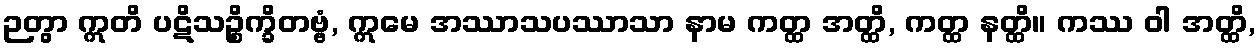
ဉတွာ ဣတိ ပဋိသဉ္စိက္ခိတဗ္ဗံ, ဣမေ အဿာသပဿာသာ နာမ ကတ္ထ အတ္ထိ, ကတ္ထ နတ္ထိ။ ကဿ ဝါ အတ္ထိ,